Indian Medical Review
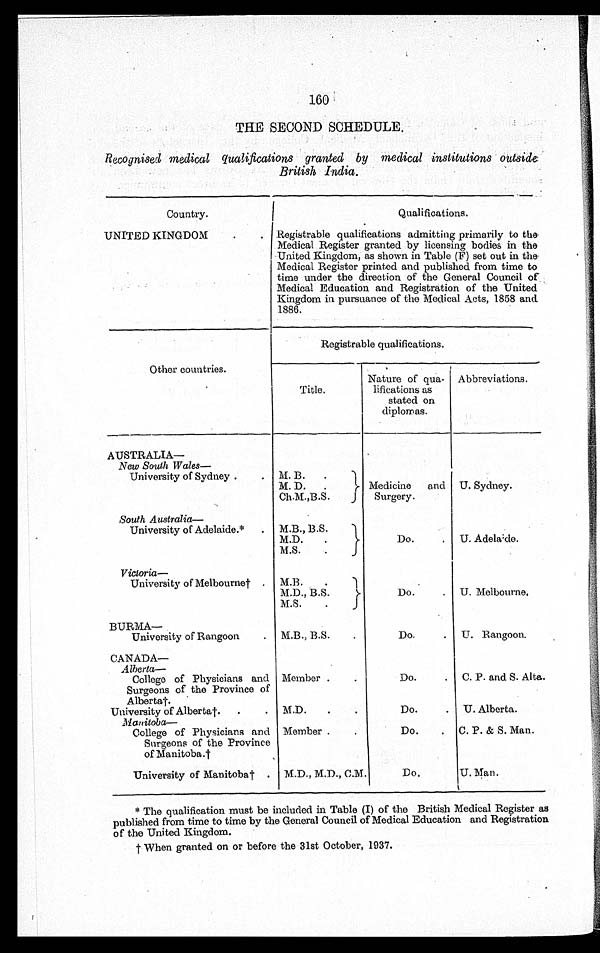
160
THE SECOND SCHEDULE.
Recognised medical qualifications granted by medical institutions outside
British India.
Country.
Qualifications.
UNITED KINGDOM
Registrable qualifications admitting primarily to the
Medical Register granted by licensing bodies in the
United Kingdom, as shown in Table (F) set out in the
Medical Register printed and published from time to
time under the direction of the General Council of
Medical Education and Registration of the United
Kingdom in pursuance of the Medical Acts, 1858 and
1886.
Registrable qualifications.
Other countries.
Title.
Nature of qua-
lifications as
stated on
diplomas.
Abbreviations.
AUSTRALIA—
New South Wales—
Medicine and
Surgery.
U. Sydney.
University of Sydney
M. B.
M. D.
Ch.M.,B.S.
South Australia—
Do.
U. Adelaide.
University of Adelaide.* . M.B., B.S.
M.D.
M.S.
Victoria—
Do.
U. Melbourne.
University of Melbourne†
M.B.
M.D., B.S.
M.S.
BURMA—
University of Rangoon
M.B., B.S.
Do.
U. Rangoon.
CANADA—
Alberta—
College of Physicians and
Surgeons of the Province of
Alberta†.
Member
Do.
C. P. and S. Alta.
University of Alberta†.
M.D.
Do.
U. Alberta.
Manitoba—
College of Physicians and
Surgeons of the Province
of Manitoba.†
Member
Do.
C. P. & S. Man.
University of Manitoba†
M.D., M.D., C.M.
Do.
U. Man.
* The qualification must be included in Table (I) of the British Medical Register as
published from time to time by the General Council of Medical Education and Registration
of the United Kingdom.
† When granted on or before the 31st October, 1937.